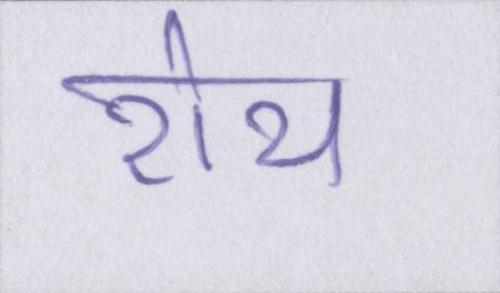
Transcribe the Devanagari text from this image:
रोय